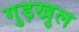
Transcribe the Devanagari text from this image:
गुड़खुल